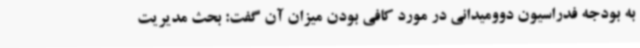
به بودجه فدراسیون دوومیدانی در مورد کافی بودن میزان آن گفت: بحث مدیریت